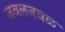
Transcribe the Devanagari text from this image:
जवलजवळ